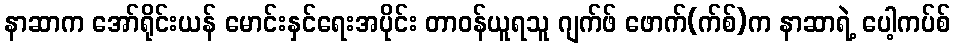
နာဆာက အော်ရိုင်းယန် မောင်းနှင်ရေးအပိုင်း တာဝန်ယူရသူ ဂျက်ဖ် ဖောက်(က်စ်)က နာဆာရဲ့ ပေါ့ကပ်စ်